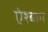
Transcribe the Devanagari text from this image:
ऐश्बाग